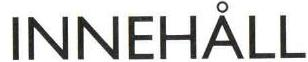
INNEHÅLL